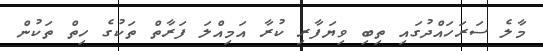
މާލެ ސަރަހަައްދުގައި ތިބި ވިޔަފާރި ކުރާ އަމިއްލަ ފަރާތް ތަކުގެ ހިތް ތަކުން